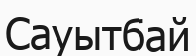
Сауытбай